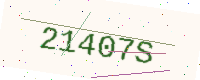
Text: 21407S